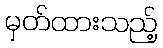
မှတ်ထားသည့်